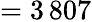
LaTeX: =3\, 807